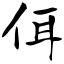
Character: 佴